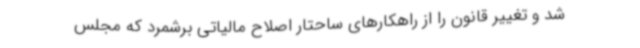
شد و تغییر قانون را از راهکارهای ساحتار اصلاح مالیاتی برشمرد که مجلس